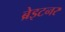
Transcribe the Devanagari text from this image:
ब्रेइटनर